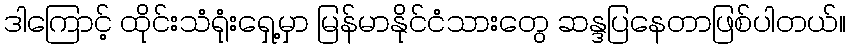
ဒါကြောင့် ထိုင်းသံရုံးရှေ့မှာ မြန်မာနိုင်ငံသားတွေ ဆန္ဒပြနေတာဖြစ်ပါတယ်။